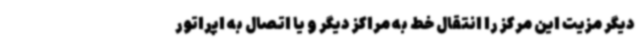
دیگر مزیت این مرکز را انتقال خط به مراکز دیگر و یا اتصال به اپراتور